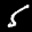
Label: 5